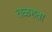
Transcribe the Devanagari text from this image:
तळहता